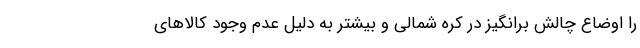
را اوضاع چالش برانگیز در کره شمالی و بیشتر به دلیل عدم وجود کالا‌های